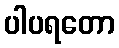
ပါပရတော